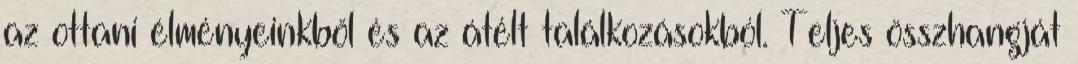
az ottani élményeinkből és az átélt találkozásokból. Teljes összhangját